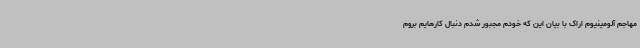
مهاجم آلومینیوم اراک با بیان این که خودم مجبور شدم دنبال کارهایم بروم